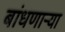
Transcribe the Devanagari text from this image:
बांधणार्‍या